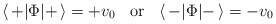
\begin{align*}\langle\, + | \Phi | + \,\rangle = +v_0 \;\; \mbox{ or }\;\;\langle\, - | \Phi | - \,\rangle = -v_0\end{align*}